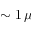
\sim 1 \, \mu